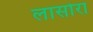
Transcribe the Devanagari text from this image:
लासोरा